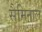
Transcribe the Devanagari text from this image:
सैमिनाल